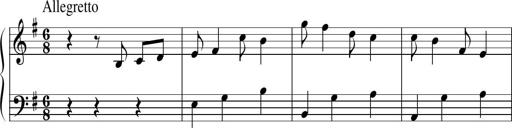
Title: Sonatine No.1 in E minor
Composer: Klaus Jung
Key: E minor